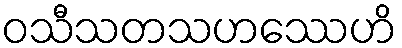
ဝသီသတသဟဿေဟိ